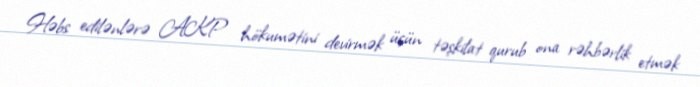
Həbs edilənlərə AKP hökumətini devirmək üçün təşkilat qurub ona rəhbərlik etmək